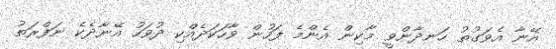
އޭނާ އެވަގުތު ހަނދާންވީ މާކިން އެންމެ ފަހުން ވާހަކަދެއްކި ދުވަހު އޭނާދެކެ ނަފްރަތު